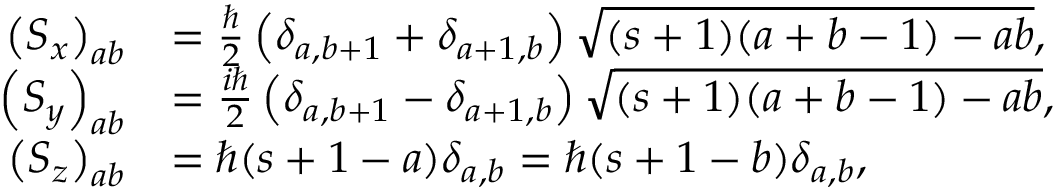
{ \begin{array} { r l } { \left( S _ { x } \right) _ { a b } } & { = { \frac { \hbar } { 2 } } \left( \delta _ { a , b + 1 } + \delta _ { a + 1 , b } \right) { \sqrt { ( s + 1 ) ( a + b - 1 ) - a b } } , } \\ { \left( S _ { y } \right) _ { a b } } & { = { \frac { i \hbar } { 2 } } \left( \delta _ { a , b + 1 } - \delta _ { a + 1 , b } \right) { \sqrt { ( s + 1 ) ( a + b - 1 ) - a b } } , } \\ { \left( S _ { z } \right) _ { a b } } & { = \hbar ( s + 1 - a ) \delta _ { a , b } = \hbar ( s + 1 - b ) \delta _ { a , b } , } \end{array} }